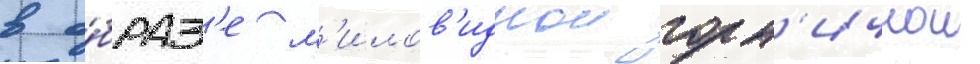
в о́браз'е м'илов'иднои горн'ичнои